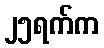
၂၅ရက်က